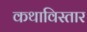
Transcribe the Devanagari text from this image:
कथाविस्तार